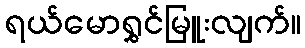
ရယ်မောရွှင်မြူးလျက်။